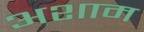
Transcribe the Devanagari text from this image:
अशाम